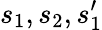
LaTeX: s_{1},s_{2},s_{1}^{\prime}